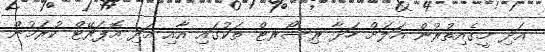
އަދި މީގެއިތުރުން އަލަށް ހަދާ ރިސޯރޓް ތަކުގައި އާއި އަދި އޮޕަރޭޓް ކުރަމުން